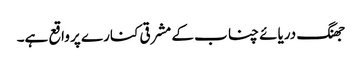
جھنگ دریائے چناب کے مشرقی کنارے پر واقع ہے۔